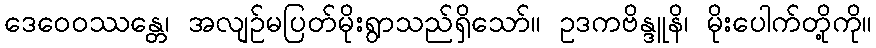
ဒေဝေဝဿန္တေ၊ အလျဉ်မပြတ်မိုးရွာသည်ရှိသော်။ ဥဒကဗိန္ဒူနိ၊ မိုးပေါက်တို့ကို။